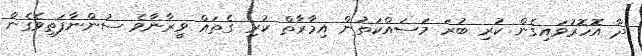
ދާ އޮހޮރުވައިގެން ކުރި ބުރަ މަސައްކަތުން އިމާރާތް ކުރި ގެތައް ވީރާނާވެ ސުންނާފަތިވެގެން